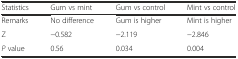
<table><thead><tr><td><b>Statistics</b></td><td><b>Gum vs mint</b></td><td><b>Gum vs control</b></td><td><b>Mint vs control</b></td></tr></thead><tbody><tr><td>Remarks</td><td>No difference</td><td>Gum is higher</td><td>Mint is higher</td></tr><tr><td>Z</td><td>−0.582</td><td>−2.119</td><td>−2.846</td></tr><tr><td><i>P</i> value</td><td>0.56</td><td>0.034</td><td>0.004</td></tr></tbody></table>